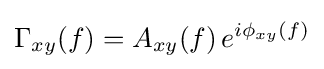
\Gamma _{xy}(f)=A_{xy}(f)\,e^{i\phi _{xy}(f)}